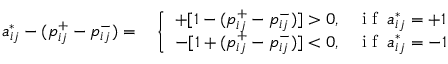
\begin{array} { r l } { a _ { i j } ^ { * } - ( p _ { i j } ^ { + } - p _ { i j } ^ { - } ) = } & { { } \left\{ \begin{array} { l l } { + [ 1 - ( p _ { i j } ^ { + } - p _ { i j } ^ { - } ) ] > 0 , } & { \mathrm { ~ i ~ f ~ } \: a _ { i j } ^ { * } = + 1 } \\ { - [ 1 + ( p _ { i j } ^ { + } - p _ { i j } ^ { - } ) ] < 0 , } & { \mathrm { ~ i ~ f ~ } \: a _ { i j } ^ { * } = - 1 } \end{array} \right. } \end{array}